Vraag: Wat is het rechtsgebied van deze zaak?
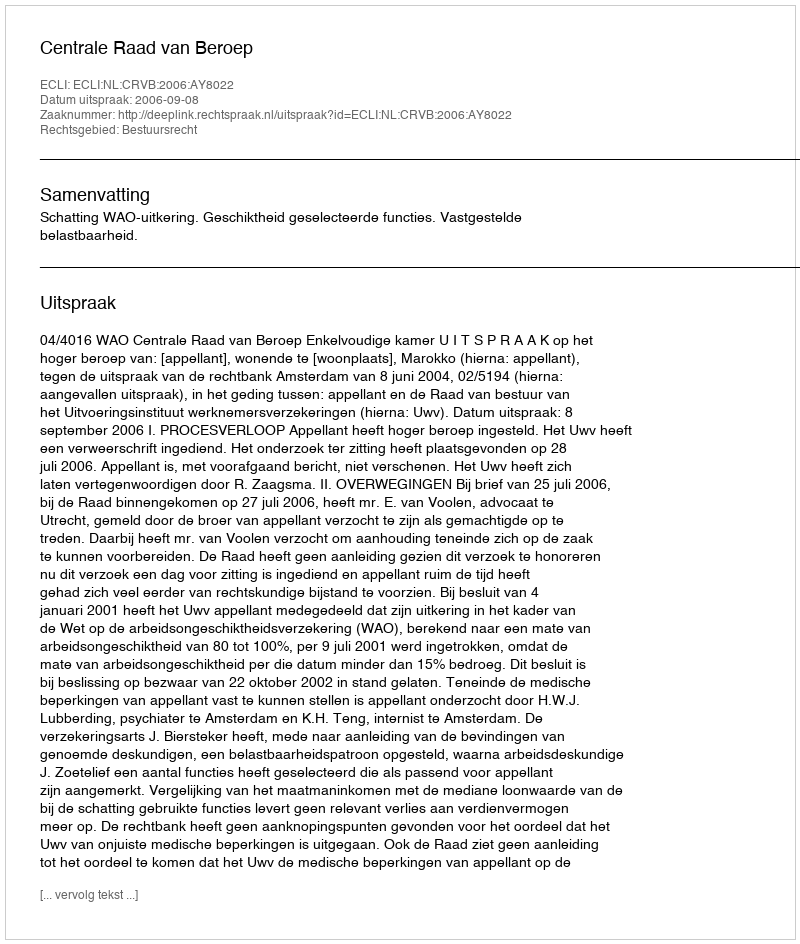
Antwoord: Bestuursrecht